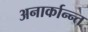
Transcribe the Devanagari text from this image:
अनार्कान्न्त